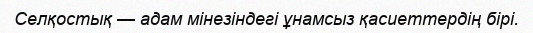
Селқостық — адам мінезіндегі ұнамсыз қасиеттердің бірі.